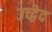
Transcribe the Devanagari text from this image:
उच्द्वेद